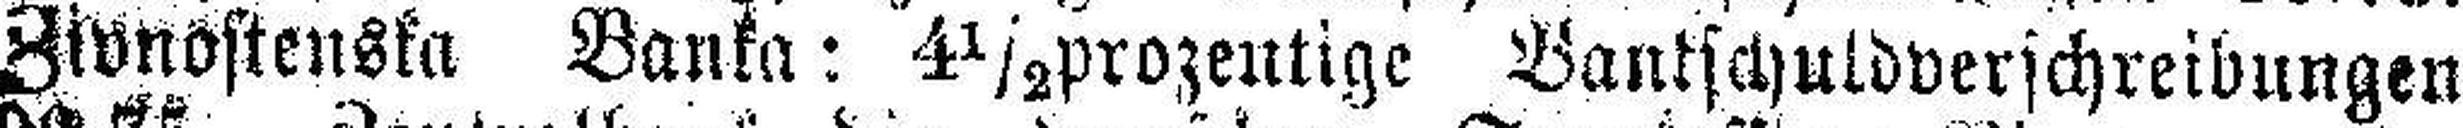
Zivnostenska Banka: 4½ prozentige Bankschuldverschreibungen